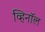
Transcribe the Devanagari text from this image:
व्हिनॉल